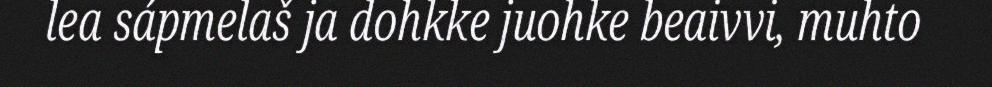
lea sápmelaš ja dohkke juohke beaivvi, muhto